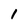
Character: 1